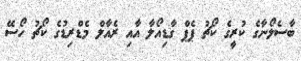
ބާސެލޯނާގެ ކުރީގެ ކޯޗު ޕެޕް ގާޑިއޯލާ އާއި ރެއާލް މެޑްރިޑުގެ ކޯޗު ހޯސޭ